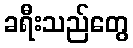
ခရီးသည်တွေ